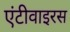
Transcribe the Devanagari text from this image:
एंटीवाइरस